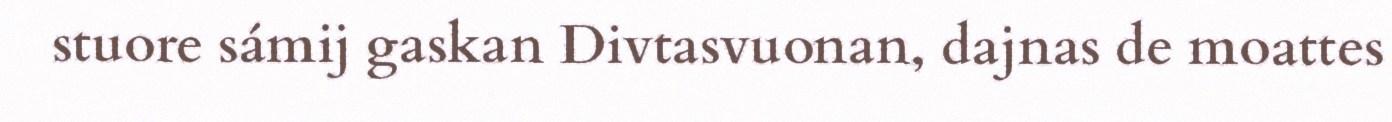
stuore sámij gaskan Divtasvuonan, dajnas de moattes